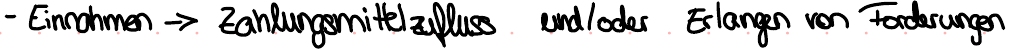
- Einnahmen -> Zahlungsmittelzufluss und / oder Erlangen von Forderungen